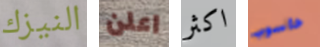
النيزك اعلن اكثر حاسوب